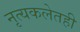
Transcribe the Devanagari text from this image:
नृत्यकलेतही